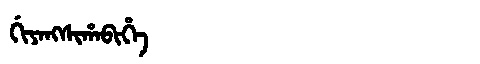
Manchu: ᡤᡳᠶᠠᠩᠰᡳᡥᠠᠪᡳᡥᡝ
Romanization: GIYANGSIHABIHE